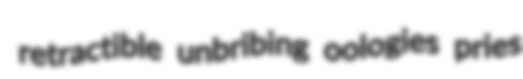
retractible unbribing oologies pries